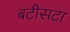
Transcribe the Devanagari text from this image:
बटीसटा